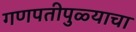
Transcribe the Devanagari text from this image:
गणपतीपुळ्याचा